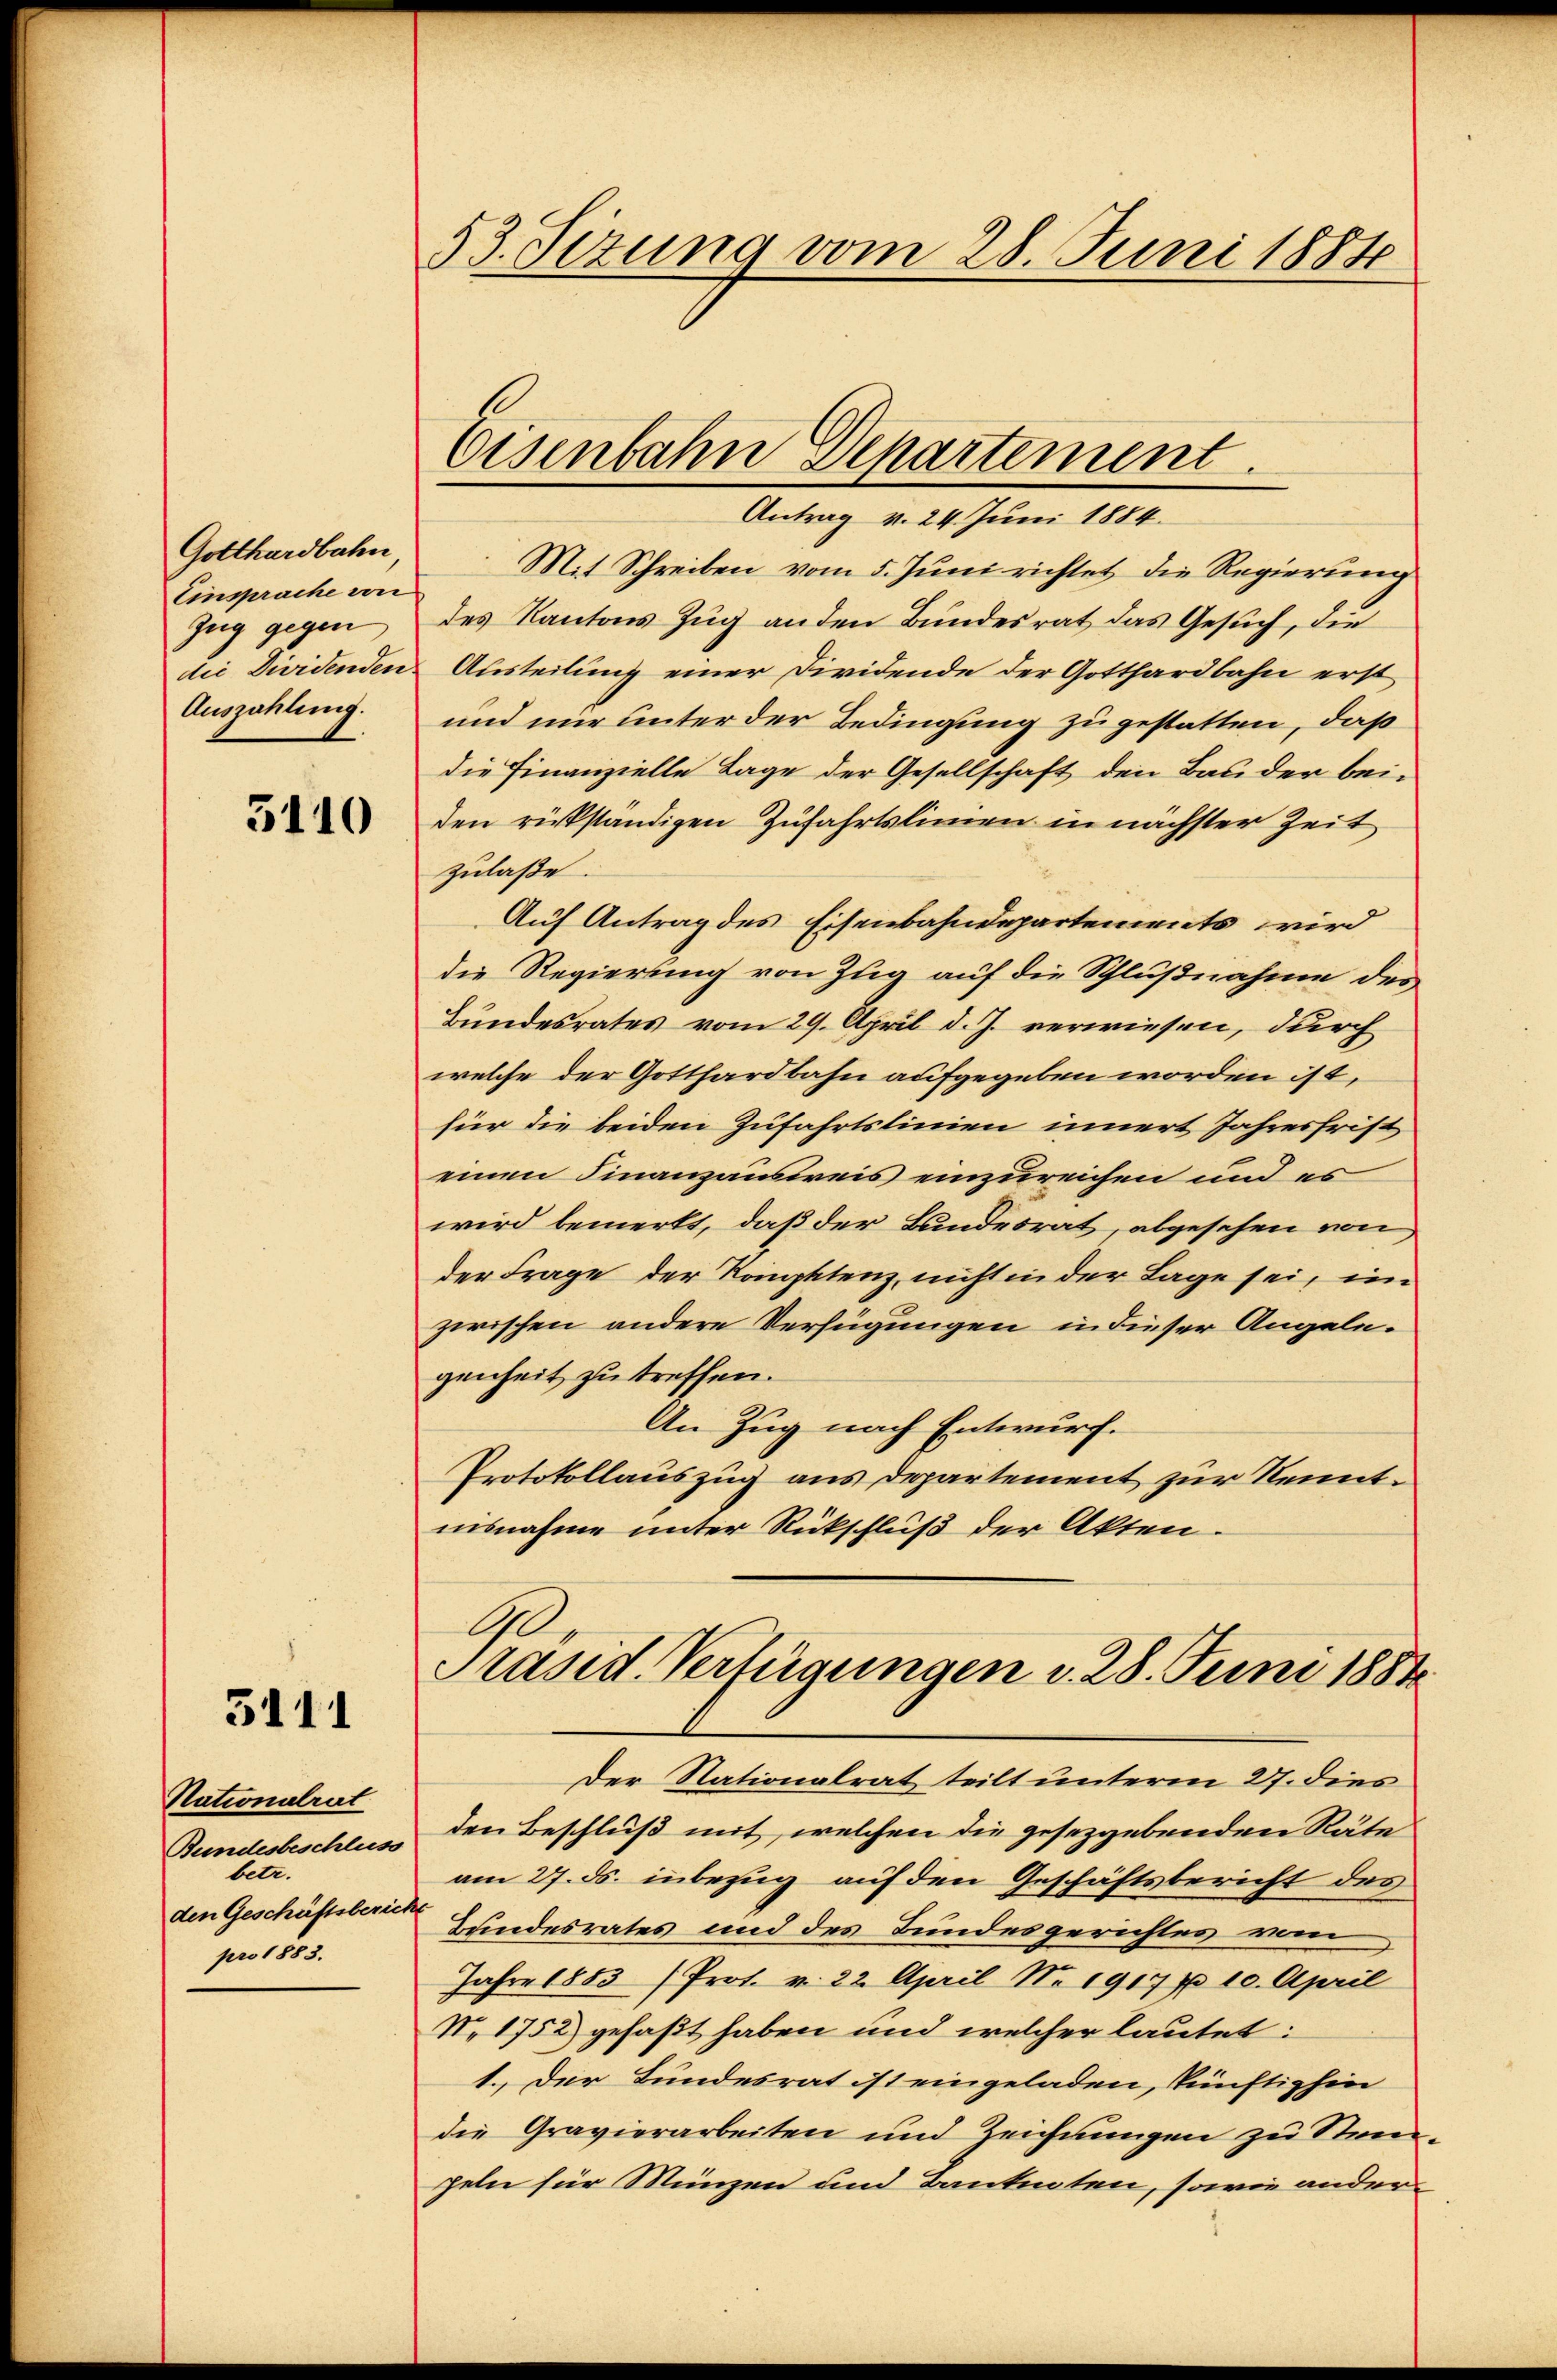
Gotthardbahn
Einsprache von
Zug gegen
Auszahlung.

5110

3111

Nationalrat
Bundesbeschluss
betr.
den Geschäftsberic
pro 1883.

53. Sizung vom 28. Juni 1884

Eisenbahn Departement.

Antrag v. 24. Juni 1884.
Mit Schreiben vom 5. Juni richtet die Regierung
des Kantons Zug an den Bundesrat das Gesuch, die
die Dividenden Austeilung einer Dividende der Gotthardbahn erst
und mir unter der Bedingung zu gestatten, daß
die Finanzielle Lage der Gesellschaft den Bau der bei-
den rükständigen Zufahrtslinien in nächster Zeit
zulaße.
Auf Antrag des Eisenbahndepartements wird
die Regierung von Zug auf die Schlußnahme des
Bundesrates vom 29. April d. J. verwiesen, durch
welche der Gotthardbahn aufgegeben worden ist,
für die beiden Zufahrtslinien innert Jahresfrist
einen Finanzausweis einzureichen und es
wird bemerkt, daß der Bundesrat, abgesehen von
der Frage der Kompetenz, nicht in der Lage sei, im
zwischen andere Verfügungen in dieser Angelegenheit zu treffen.
An Zug nach Entwurf.
Protokollauszug aus Departement zur Kenntnisnahme unter Rückschluß der Akten.
G
Präsid. Verfügungen d. 28. Juni 1884
Der Stationalrat teilt unterm 27. dies
den Beschluß mit, welchen die gesezgebenden Räte
am 27. ds. inbezug auf den Geschäftsbericht des
f
Hundesrates und des Bundesgerichtes von
Jahre 1853 (Prot. v. 22. April Nr. 1917 f 10. April
No 1752) gefaßt haben und welcher lautet:
1. Der Bundesrat ist eingeladen, künftighin
die Gravierarbeiten und Zeichnungen zu Stanpeln für Münzen und Bantenten, sowie ander